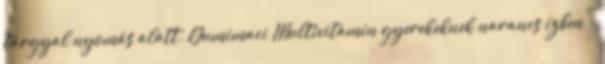
tárgyal nyomás alatt. Gumimaci Multivitamin gyerekeknek narancs ízben -